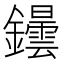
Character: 𲇬